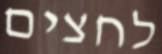
לחצים